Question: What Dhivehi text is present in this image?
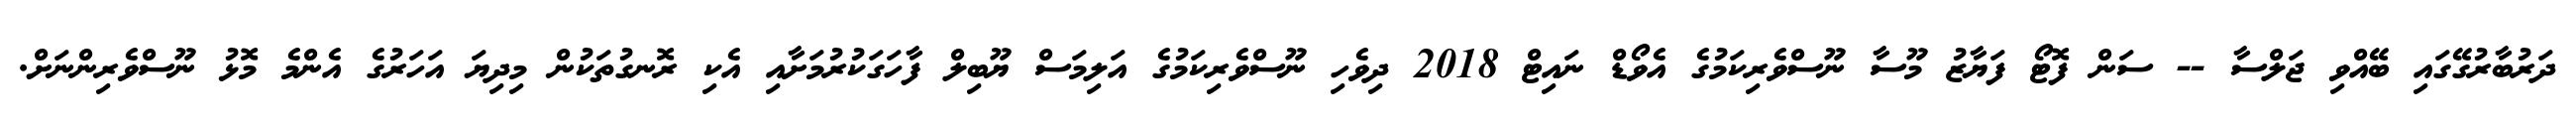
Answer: ދަރުބާރުގޭގައި ބޭއްވި ޖަލްސާ -- ސަން ފޮޓޯ ފަޔާޒު މޫސާ ނޫސްވެރިކަމުގެ އެވޯޑް ނައިޓް 2018 ދިވެހި ނޫސްވެރިކަމުގެ އަލިމަސް ޔޫބިލް ފާހަގަކުރުމަށާއި އެކި ރޮނގުތަކުން މިދިޔަ އަހަރުގެ އެންމެ މޮޅު ނޫސްވެރިންނަށް.